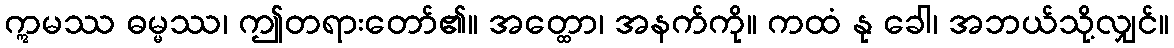
ဣမဿ ဓမ္မဿ၊ ဤတရားတော်၏။ အတ္ထော၊ အနက်ကို။ ကထံ နု ခေါ၊ အဘယ်သို့လျှင်။